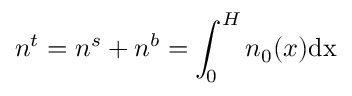
n ^ { t } = n ^ { s } + n ^ { b } = \int _ { 0 } ^ { H } n _ { 0 } ( x ) \mathrm { { d } x }